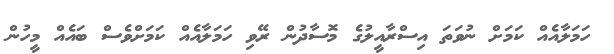
ހަމަލާއެއް ކަމަށް ނުވަތަ އިސްރާއީލުގެ މޮސާދުން ރޭވި ހަމަލާއެއް ކަމަށްވެސް ބައެއް މީހުން